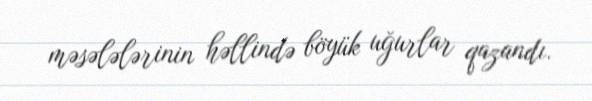
məsələlərinin həllində böyük uğurlar qazandı.